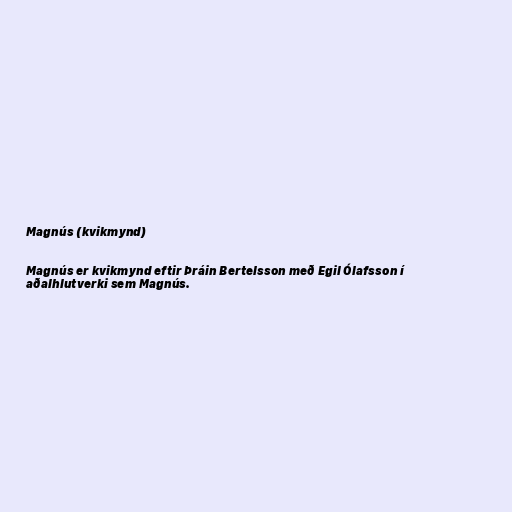
Magnús (kvikmynd)

Magnús er kvikmynd eftir Þráin Bertelsson með Egil Ólafsson í
aðalhlutverki sem Magnús.